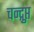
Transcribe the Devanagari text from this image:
चन्द्गुप्त